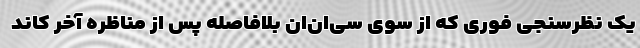
یک نظرسنجی فوری که از سوی سی‌ان‌ان بلافاصله پس از مناظره آخر کاند